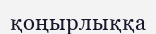
қоңырлыққа